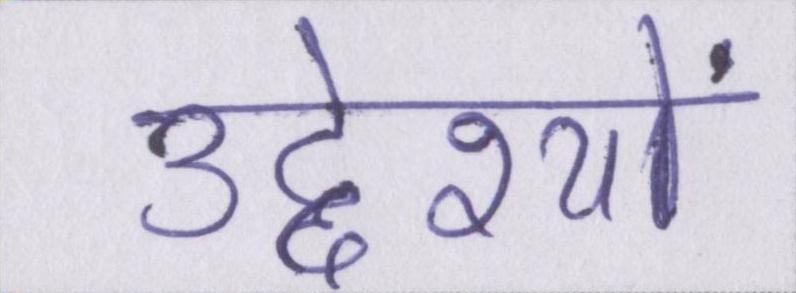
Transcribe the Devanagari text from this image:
उद्देश्यों